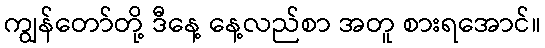
ကျွန်တော်တို့ ဒီနေ့ နေ့လည်စာ အတူ စားရအောင်။